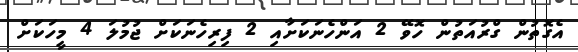
އެގޮތުން ގްރުއަތުން ހޮވޭ 2 އަންހެނަކަށާއި 2 ފިރިހެނަކަށް ޖުމުލަ 4 މީހަކަށް